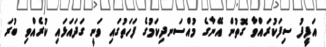
އަފީފު ސިފަކުރައްވާ ގޮތުން އޭނާގެ މުއްސަނދިކަމުގެ ފަހަތުގައި ވަނީ ގަދައަޅައި ކުރެއްވި ބުރަ